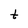
Character: t